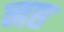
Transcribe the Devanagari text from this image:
नष्ठ